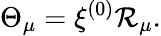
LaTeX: \Theta_{\mu}=\xi^{(0)}{\cal\mathcal{R}}_{\mu}.